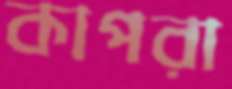
কাপরা